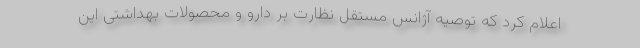
اعلام کرد که توصیه آژانس مستقل نظارت بر دارو و محصولات بهداشتی این